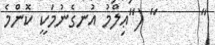
"      " ("ޢިލްމު އުނގެނުމަކީ ކޮންމެ